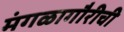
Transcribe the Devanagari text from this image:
मंगळागौरीची